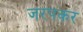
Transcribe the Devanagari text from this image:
जरपकर